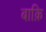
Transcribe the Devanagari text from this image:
बाक़ि